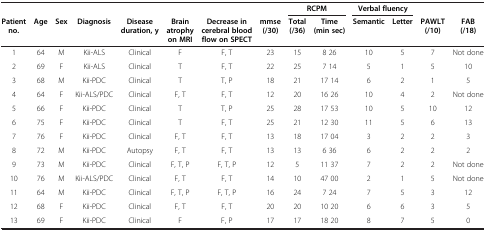
|  |  |  |  |  |  |  |  | <COLSPAN=2> RCPM | <COLSPAN=2> Verbal fluency |  |  |
 | Patient no. | Age | Sex | Diagnosis | Disease duration, y | Brain atrophy on MRI | Decrease in cerebral blood flow on SPECT | mmse (/30) | Total (/36) | Time (min sec) | Semantic | Letter | PAWLT (/10) | FAB (/18) |
 | --- | --- | --- | --- | --- | --- | --- | --- | --- | --- | --- | --- | --- | --- |
 | 1 | 64 | M | Kii-ALS | Clinical | F | F, T | 23 | 15 | 8 26 | 10 | 5 | 7 | Not done |
 | 2 | 69 | F | Kii-ALS | Clinical | T | F, T | 22 | 25 | 7 14 | 5 | 1 | 5 | 10 |
 | 3 | 68 | M | Kii-PDC | Clinical | T | T, P | 18 | 21 | 17 14 | 6 | 2 | 1 | 5 |
 | 4 | 64 | F | Kii-ALS/PDC | Clinical | F, T | F, T | 12 | 20 | 16 26 | 10 | 4 | 2 | Not done |
 | 5 | 66 | F | Kii-PDC | Clinical | T | T, P | 25 | 28 | 17 53 | 10 | 5 | 10 | 12 |
 | 6 | 75 | F | Kii-PDC | Clinical | T | F, T | 25 | 21 | 12 30 | 11 | 5 | 6 | 13 |
 | 7 | 76 | F | Kii-PDC | Clinical | F, T | F, T | 13 | 18 | 17 04 | 3 | 2 | 2 | 3 |
 | 8 | 72 | M | Kii-PDC | Autopsy | F, T | F, T | 13 | 13 | 6 36 | 6 | 2 | 2 | 2 |
 | 9 | 73 | M | Kii-PDC | Clinical | F, T, P | F, T, P | 12 | 5 | 11 37 | 7 | 2 | 2 | Not done |
 | 10 | 76 | M | Kii-ALS/PDC | Clinical | F, T | F, T | 14 | 10 | 47 00 | 2 | 1 | 5 | Not done |
 | 11 | 64 | M | Kii-PDC | Clinical | F, T, P | F, T, P | 16 | 24 | 7 24 | 7 | 5 | 3 | 12 |
 | 12 | 68 | F | Kii-PDC | Clinical | F, T | F, T | 20 | 20 | 10 20 | 6 | 6 | 3 | 5 |
 | 13 | 69 | F | Kii-PDC | Clinical | F | F, P | 17 | 17 | 18 20 | 8 | 7 | 5 | 0 |